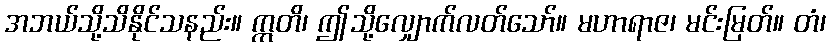
အဘယ်သို့သိနိုင်သနည်း။ ဣတိ၊ ဤသို့လျှောက်လတ်သော်။ မဟာရာဇ၊ မင်းမြတ်။ တံ၊